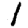
Digit: 1